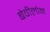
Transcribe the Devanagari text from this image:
बेवीलोन